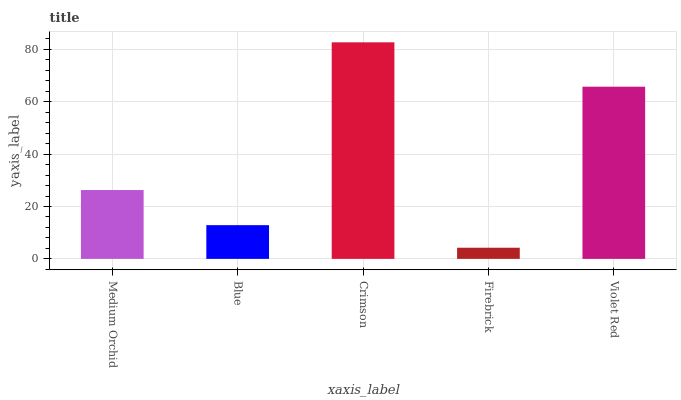
| xaxis_label | bars |
 | --- | --- |
 | Medium Orchid | 26.3 |
 | Blue | 12.9 |
 | Crimson | 82.7 |
 | Firebrick | 4.26 |
 | Violet Red | 65.7 |